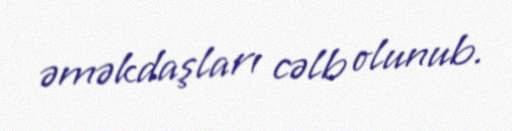
əməkdaşları cəlb olunub.